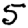
Digit: 5